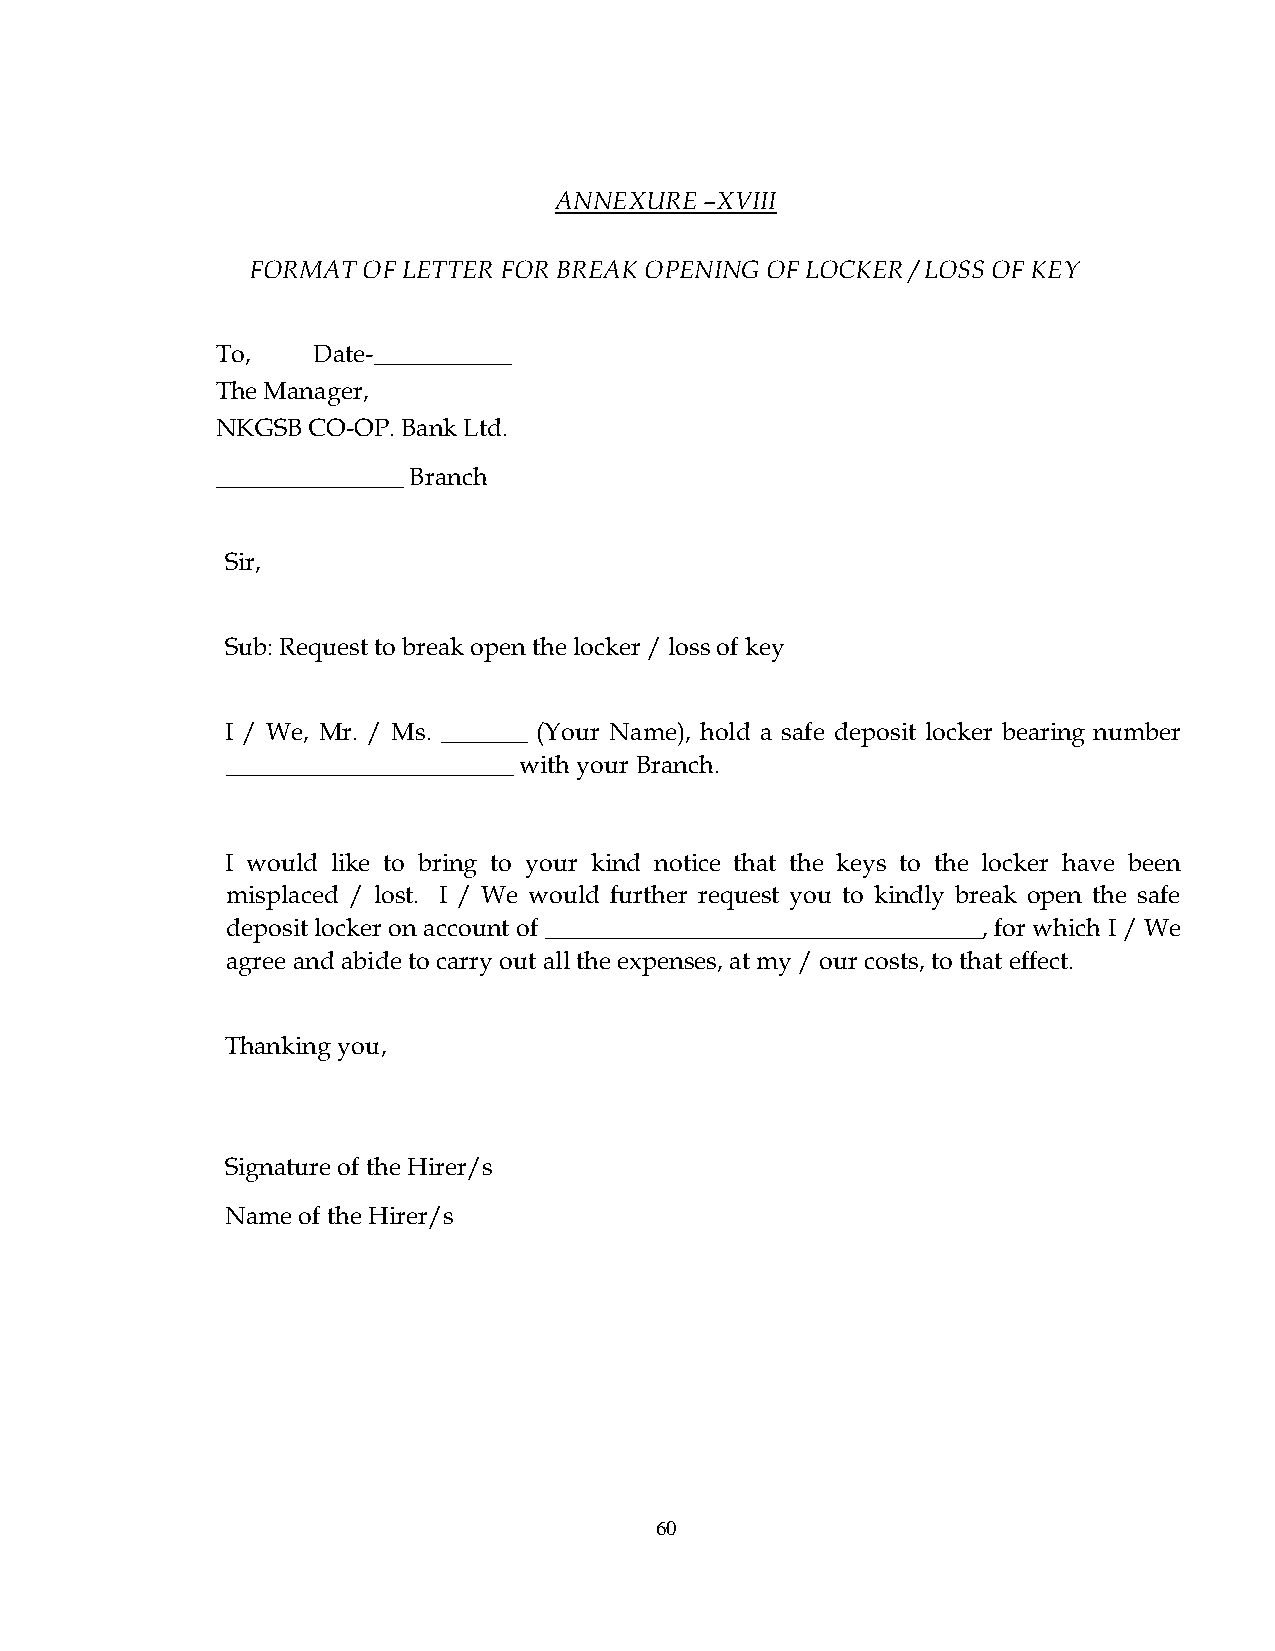
ANNEXURE  –XVIII
 FORMAT  OF LETTER FOR BREAK OPENING OF LOCKER / LOSS OF KEY
 To,    Date-___________
 The Manager,
 NKGSB CO-OP. Bank Ltd.
 _______________ Branch
 Sir,
 Sub: Request to break open the locker / loss of key
 I / We, Mr. / Ms. _______ (Your Name), hold a safe deposit locker bearing number
 _______________________ with your Branch.
 I would like to bring to your kind notice that the keys to the locker have been
 misplaced / lost. I / We would further request you to kindly break open the safe
 deposit locker on account of ___________________________________, for which I / We
 agree and abide to carry out all the expenses, at my / our costs, to that effect.
 Thanking you,
 Signature of the Hirer/s
 Name of the Hirer/s
 60